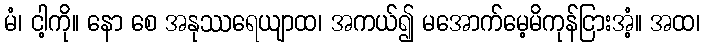
မံ၊ ငါ့ကို။ နော စေ အနုဿရေယျာထ၊ အကယ်၍ မအောက်မေ့မိကုန်ငြားအံ့။ အထ၊